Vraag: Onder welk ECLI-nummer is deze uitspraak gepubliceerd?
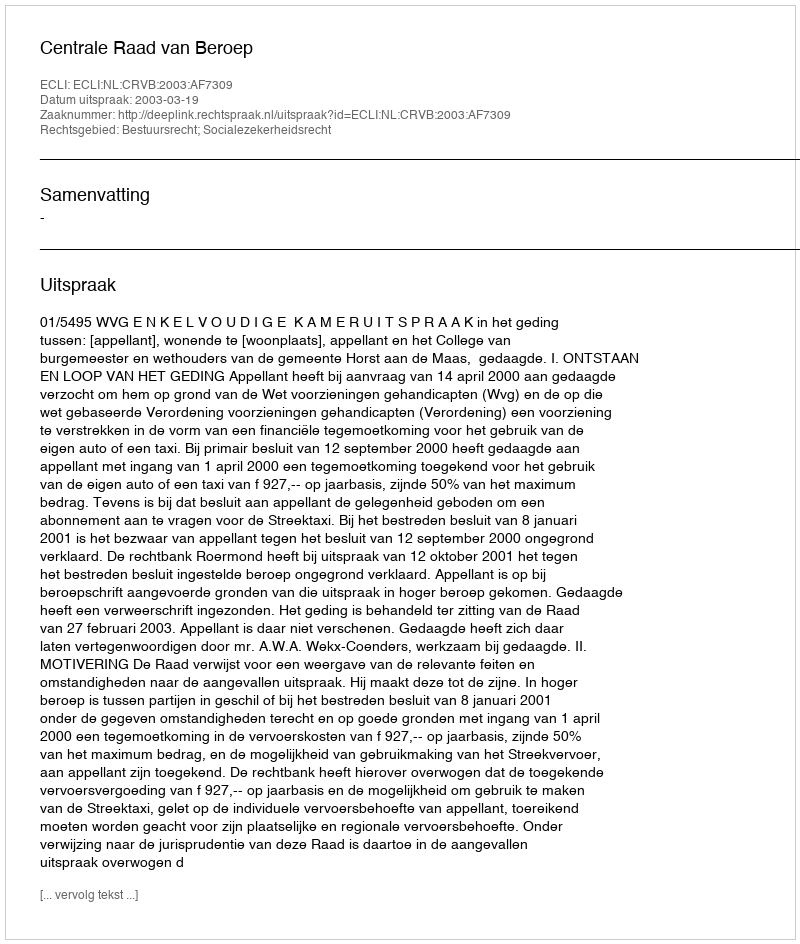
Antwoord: ECLI:NL:CRVB:2003:AF7309